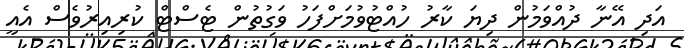
އަދި އޭނާ ދުއްވަމުން ދިޔަ ކާރު ހުއްޓުވުމަށްފަހު ވަގުތުން ޓެސްޓް ކުރިއިރުވެސް އެއީ